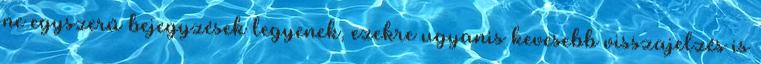
ne egyszerű bejegyzések legyenek, ezekre ugyanis kevesebb visszajelzés is